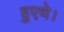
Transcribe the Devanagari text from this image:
हुएथे।